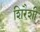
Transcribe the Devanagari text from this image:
शिरैशी